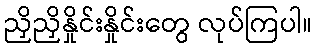
ညှိညှိနှိုင်းနှိုင်းတွေ လုပ်ကြပါ။